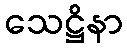
သေဋ္ဌိနာ